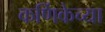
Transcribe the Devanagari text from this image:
कर्णिकेच्या